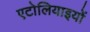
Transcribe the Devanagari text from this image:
एटोलियाइयों